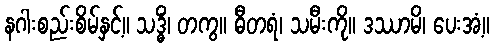
နဂါးစည်းစိမ်နှင့်။ သဒ္ဓိံ၊ တကွ။ ဓီတရံ၊ သမီးကို။ ဒဿာမိ၊ ပေးအံ့။